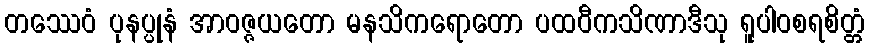
တဿေဝံ ပုနပ္ပုနံ အာဝဇ္ဇယတော မနသိကရောတော ပထဝီကသိဏာဒီသု ရူပါဝစရစိတ္တံ